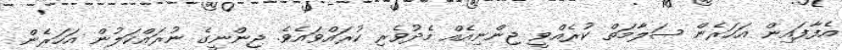
އެފާފައިން އަހަރެން ސަލާމަތް ކުރެއްވީ ޖިންނިއެއް މެދުވެރި ކުރައްވައެވެ. ޖިންނީގެ ނުރައްކަލުން އަހަރެން